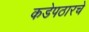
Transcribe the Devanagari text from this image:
कडेपठारचे